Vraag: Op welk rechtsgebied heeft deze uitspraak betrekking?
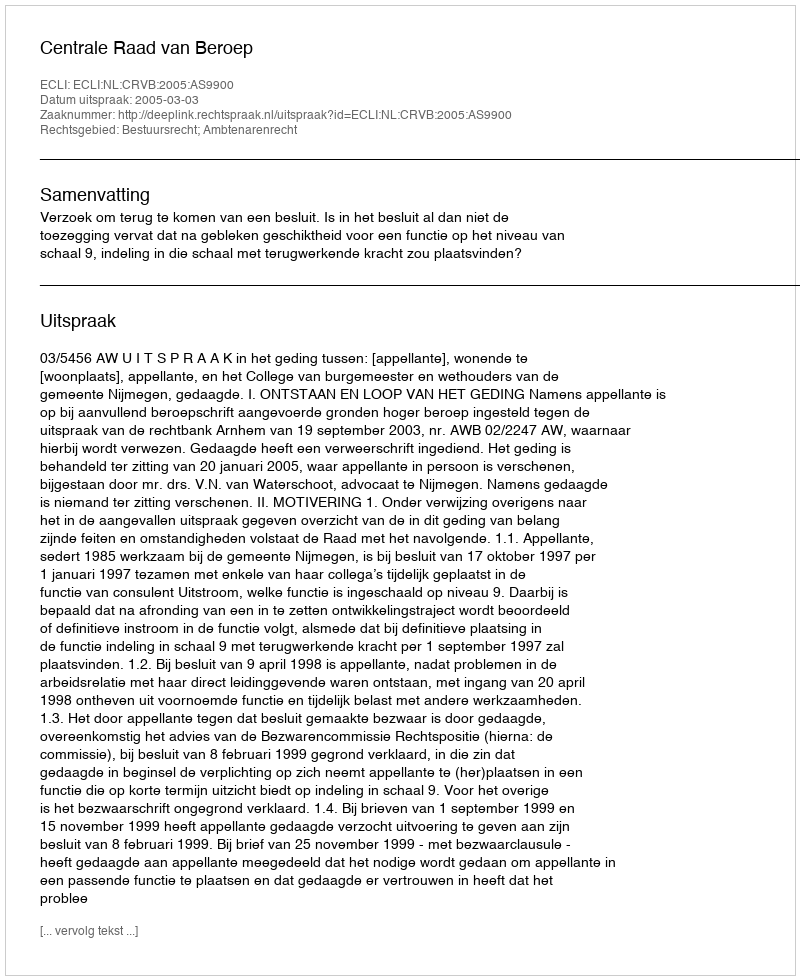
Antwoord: Bestuursrecht; Ambtenarenrecht